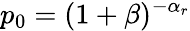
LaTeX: p_{0}=(1+\beta)^{-\alpha_{r}}